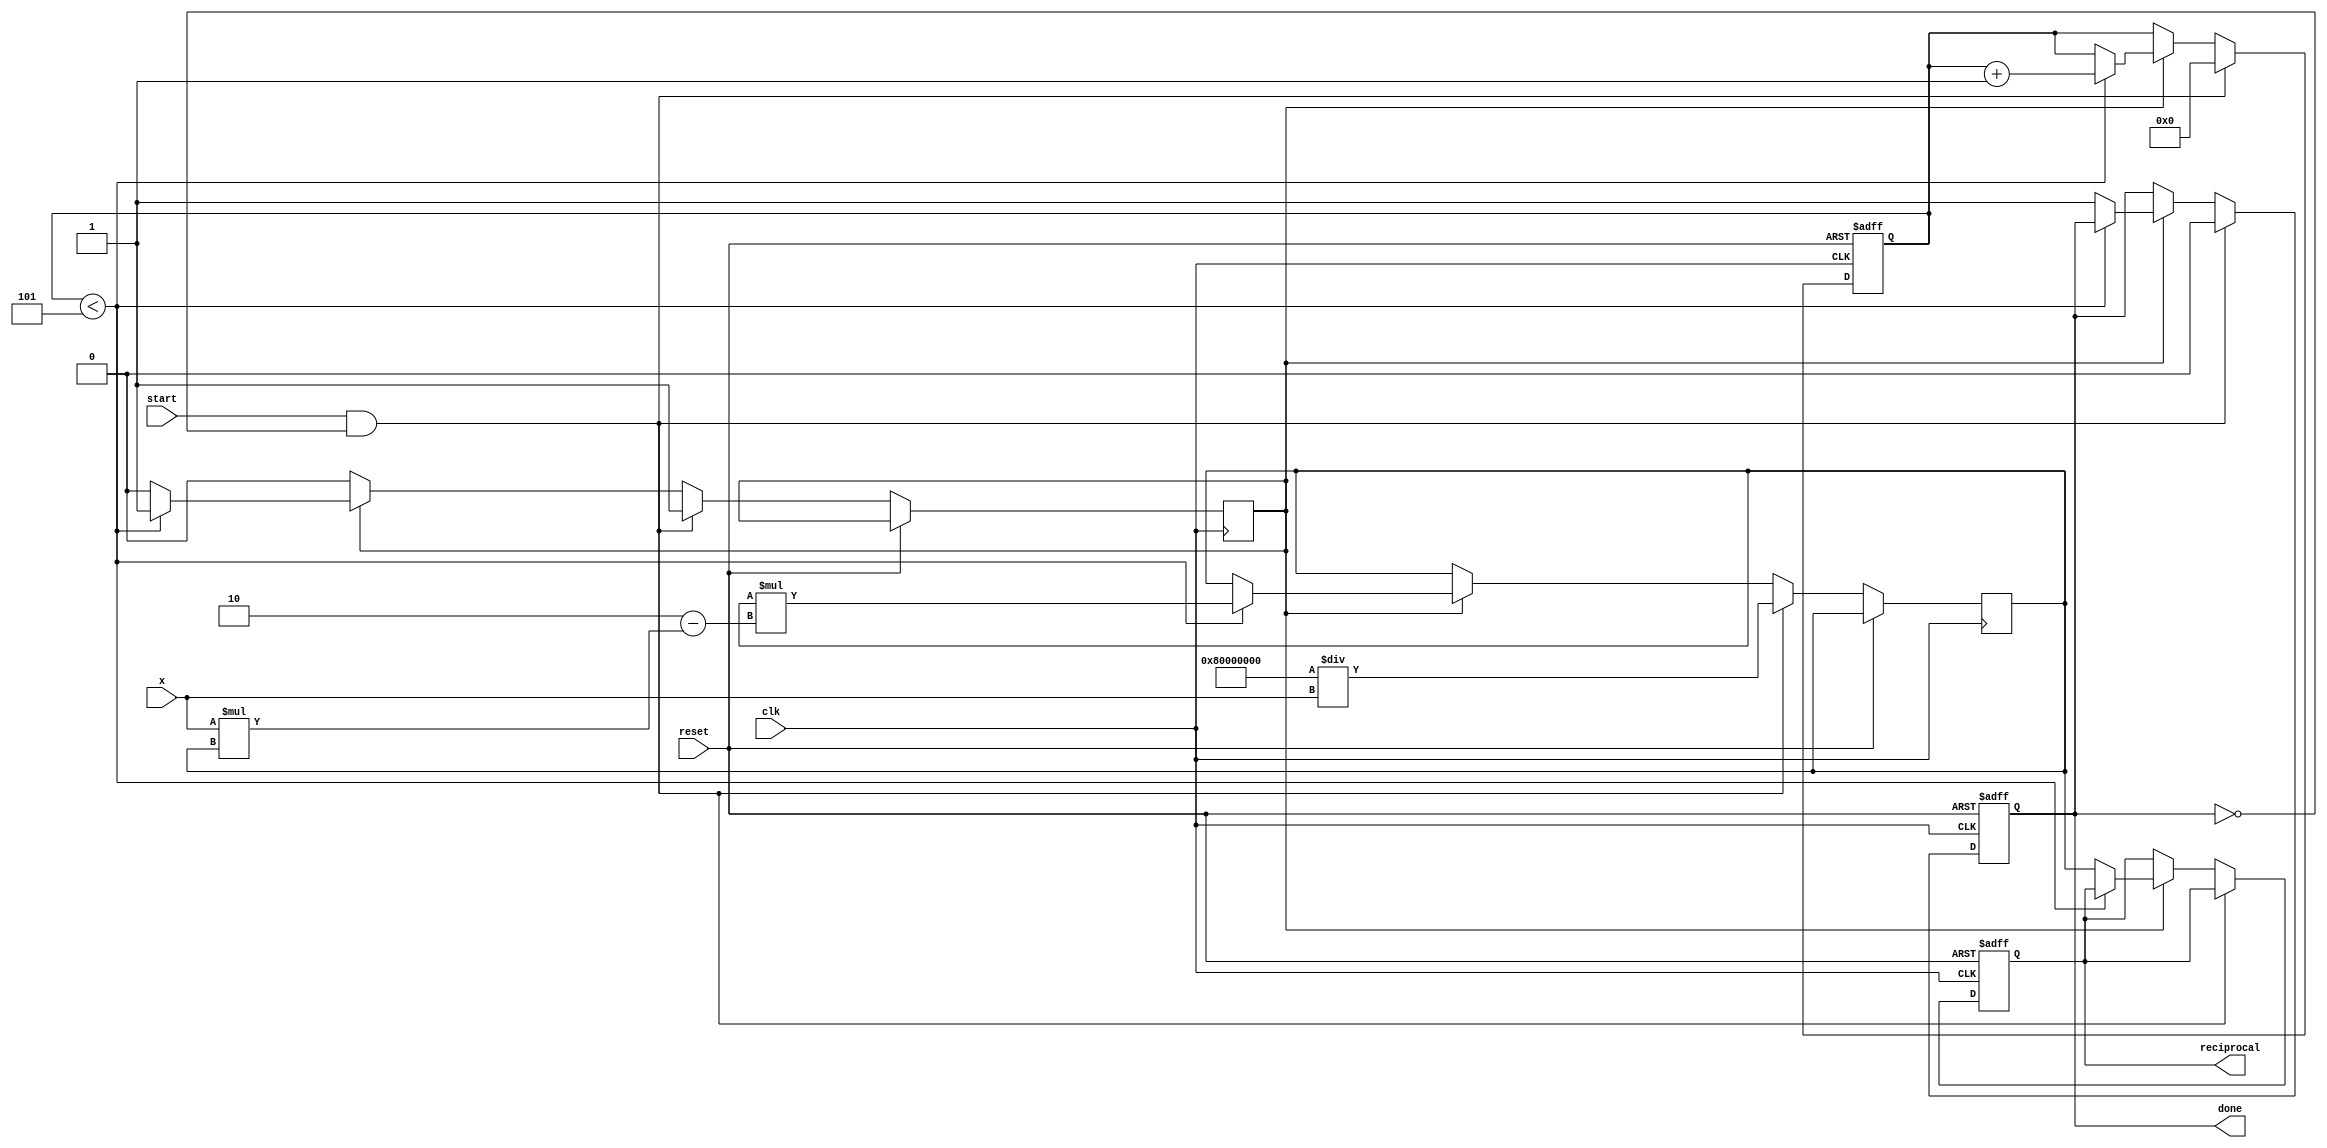
module newton_raphson_reciprocal #(
    parameter INPUT_WIDTH = 16, // Width of the input x
    parameter OUTPUT_WIDTH = 32, // Width of the output reciprocal
    parameter MAX_ITERATIONS = 5 // Number of iterations for Newton-Raphson
)(
    input wire clk,
    input wire reset,
    input wire start,
    input wire [INPUT_WIDTH-1:0] x, // Input: Fixed-point number of [0, 1]
    output reg [OUTPUT_WIDTH-1:0] reciprocal, // Output: Fixed-point reciprocal
    output reg done // Done signal
);

// Internal signals
reg [OUTPUT_WIDTH-1:0] r; // Current approximation of reciprocal
reg [3:0] iteration_count; // Iteration counter
reg start_iteration; // Start iteration control

// Initialize values
initial begin
    reciprocal = 0;
    done = 0;
    iteration_count = 0;
    start_iteration = 0;
end

// Control logic for the operation
always @(posedge clk or posedge reset) begin
    if (reset) begin
        reciprocal <= 0;
        done <= 0;
        iteration_count <= 0;
    end else if (start && !done) begin
        // First iteration: initialize r to a predefined constant
        r <= (1 << (OUTPUT_WIDTH-1)) / x; // Initial guess: 2^N / x
        iteration_count <= 0;
        done <= 0;
        start_iteration <= 1;
    end else if (start_iteration) begin
        if (iteration_count < MAX_ITERATIONS) begin
            // Newton-Raphson iterative update
            r <= r * (2 - x * r); // r_{n+1} = r_n * (2 - x * r_n)
            iteration_count <= iteration_count + 1;
        end else begin
            // All iterations complete
            reciprocal <= r;
            done <= 1;
            start_iteration <= 0; // Reset start_iteration flag
        end
    end
end

endmodule